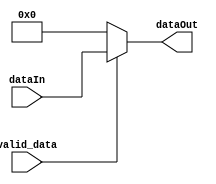
module combValidator(valid_data, dataIn, dataOut);

input valid_data;
input [15:0] dataIn;
output reg [15:0] dataOut;

always @(valid_data or dataIn)
begin
	if (valid_data)
		dataOut = dataIn;
	else
		dataOut = 16'd0;
end

endmodule